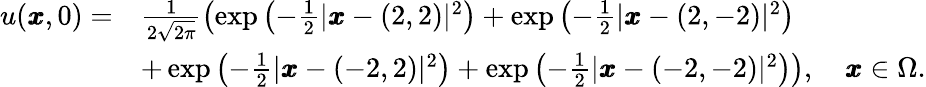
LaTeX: \begin{array}{rl}{\displaystyle u(\pmb{x},0)=}&{\frac{1}{2\sqrt{2\pi}}\left(\exp\left(-\frac{1}{2}|\pmb{x}-(2,2)|^{2}\right)+\exp\left(-\frac{1}{2}|\pmb{x}-(2,-2)|^{2}\right)\right.}\\ &{+\left.\exp\left(-\frac{1}{2}|\pmb{x}-(-2,2)|^{2}\right)+\exp\left(-\frac{1}{2}|\pmb{x}-(-2,-2)|^{2}\right)\right),\quad\pmb{x}\in\Omega.}\end{array}